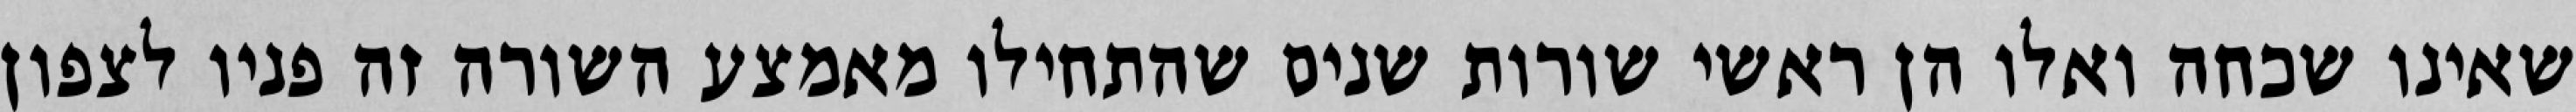
שאינו שכחה ואלו הן ראשי שורות שנים שהתחילו מאמצע השורה זה פניו לצפון